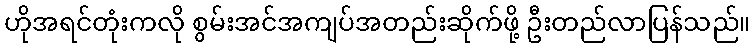
ဟိုအရင်တုံးကလို စွမ်းအင်အကျပ်အတည်းဆိုက်ဖို့ ဦးတည်လာပြန်သည်။